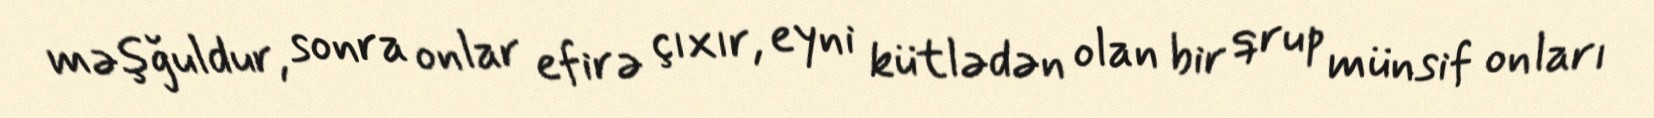
məşğuldur, sonra onlar efirə çıxır, eyni kütlədən olan bir qrup münsif onları